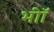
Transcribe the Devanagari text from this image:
भीॉ